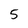
Character: 5